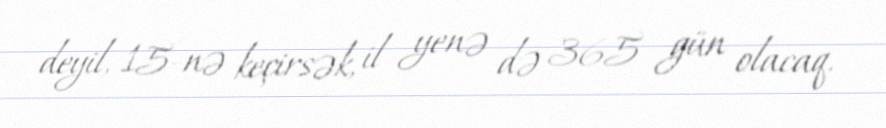
deyil, 15-nə keçirsək, il yenə də 365 gün olacaq.